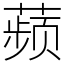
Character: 𬞟